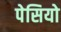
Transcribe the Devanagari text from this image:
पेसियो